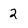
Character: 2